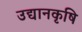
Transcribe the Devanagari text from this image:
उद्यानकृषि